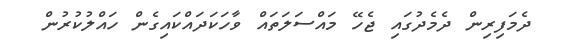
ދެމަފިރިން ދެމެދުގައި ޖެހޭ މައްސަލަތައް ވާހަކަދައްކައިގެން ހައްލުކުރުން